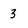
Character: 3